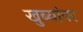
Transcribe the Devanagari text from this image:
खुब्यांवर